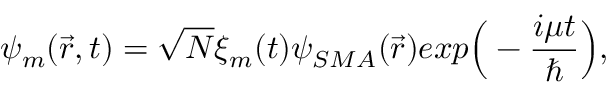
\psi _ { m } ( \Vec { r } , t ) = \sqrt { N } \xi _ { m } ( t ) \psi _ { S M A } ( \vec { r } ) e x p \Big ( - \frac { i \mu t } { \hbar } \Big ) ,